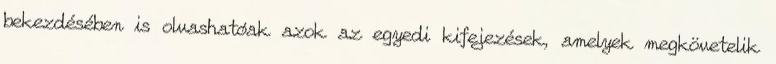
bekezdésében is olvashatóak azok az egyedi kifejezések, amelyek megkövetelik